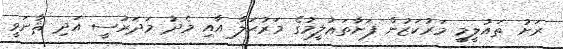
ރަށު ތައުލީމީ މަރުކަޒުން ފަށާތަޢުލީމުގެ މަރުޙަލާ އާއި މެދު މަދަރުސީ އަދި ޘާނަވީ